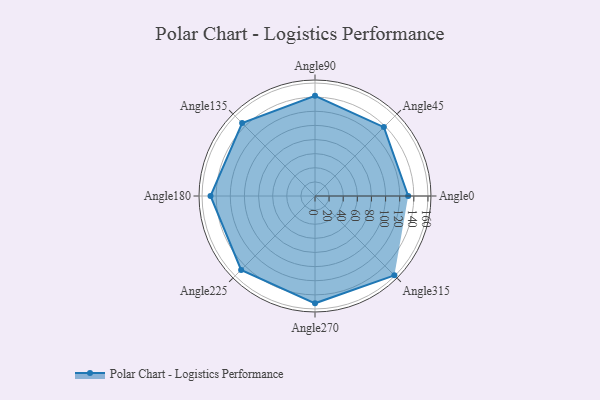
{"axis": {"x": "Angle", "y": "Radius"}, "legend": [""], "data": [{"x": "Angle0", "y": 132.0, "type": ""}, {"x": "Angle45", "y": 138.0, "type": ""}, {"x": "Angle90", "y": 142.0, "type": ""}, {"x": "Angle135", "y": 146.0, "type": ""}, {"x": "Angle180", "y": 148.0, "type": ""}, {"x": "Angle225", "y": 148.0, "type": ""}, {"x": "Angle270", "y": 152.0, "type": ""}, {"x": "Angle315", "y": 159.0, "type": ""}]}